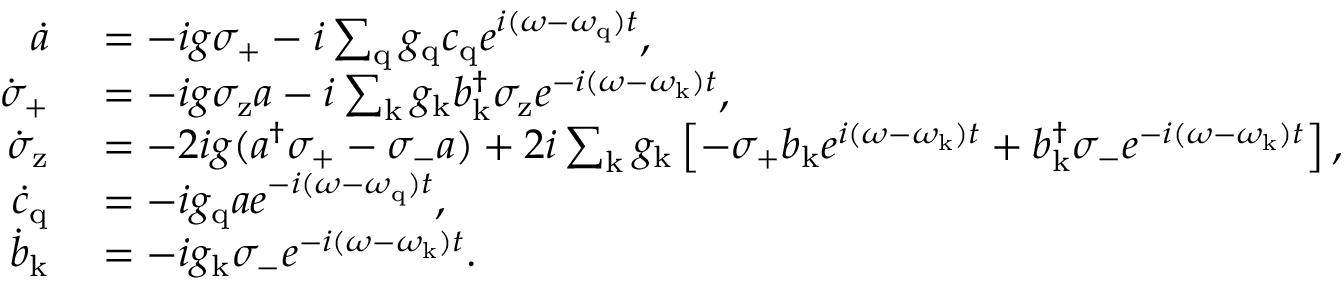
\begin{array} { r l } { \dot { a } } & { { } = - i g \sigma _ { \mathrm { + } } - i \sum _ { \mathrm { q } } g _ { \mathrm { q } } c _ { \mathrm { q } } e ^ { i ( \omega - \omega _ { \mathrm { q } } ) t } , } \\ { \dot { \sigma } _ { \mathrm { + } } } & { { } = - i g \sigma _ { \mathrm { z } } a - i \sum _ { \mathrm { k } } g _ { \mathrm { k } } b _ { \mathrm { k } } ^ { \dagger } \sigma _ { \mathrm { z } } e ^ { - i ( \omega - \omega _ { \mathrm { k } } ) t } , } \\ { \dot { \sigma } _ { \mathrm { z } } } & { { } = - 2 i g ( a ^ { \dagger } \sigma _ { \mathrm { + } } - \sigma _ { \mathrm { - } } a ) + 2 i \sum _ { \mathrm { k } } g _ { \mathrm { k } } \left[ - \sigma _ { \mathrm { + } } b _ { \mathrm { k } } e ^ { i ( \omega - \omega _ { \mathrm { k } } ) t } + b _ { \mathrm { k } } ^ { \dagger } \sigma _ { \mathrm { - } } e ^ { - i ( \omega - \omega _ { \mathrm { k } } ) t } \right] , } \\ { \dot { c } _ { \mathrm { q } } } & { { } = - i g _ { \mathrm { q } } a e ^ { - i ( \omega - \omega _ { \mathrm { q } } ) t } , } \\ { \dot { b } _ { \mathrm { k } } } & { { } = - i g _ { \mathrm { k } } \sigma _ { \mathrm { - } } e ^ { - i ( \omega - \omega _ { \mathrm { k } } ) t } . } \end{array}